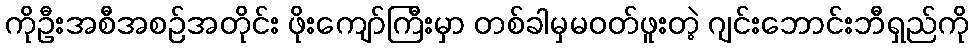
ကိုဦးအစီအစဉ်အတိုင်း ဖိုးကျော်ကြီးမှာ တစ်ခါမှမဝတ်ဖူးတဲ့ ဂျင်းဘောင်းဘီရှည်ကို